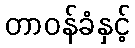
တာဝန်ခံနှင့်